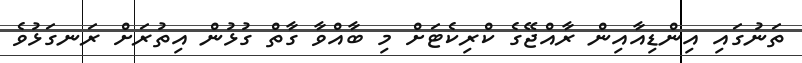
ތަނުގައި އިންޑިއާއިން ރާއްޖޭގެ ކްރިކެޓަށް މި ބާއްވާ ގާތް ގުޅުން އިތުރަށް ރަނގަޅުވެ